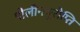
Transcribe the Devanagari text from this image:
पोलीनयूरोप्ति